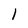
Character: 1